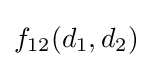
f_{12}(d_{1},d_{2})